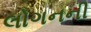
લોગનની